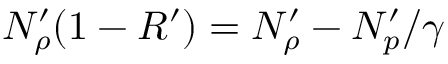
N _ { \rho } ^ { \prime } ( 1 - R ^ { \prime } ) = N _ { \rho } ^ { \prime } - N _ { p } ^ { \prime } / \gamma